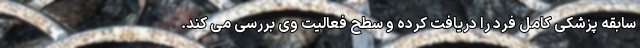
سابقه پزشکی کامل فرد را دریافت کرده و سطح فعالیت وی بررسی می کند.